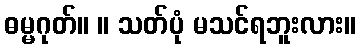
ဓမ္မဂုတ်။ ။ သတ်ပုံ မသင်ရဘူးလား။